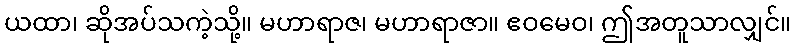
ယထာ၊ ဆိုအပ်သကဲ့သို့။ မဟာရာဇ၊ မဟာရာဇာ။ ဧဝမေဝ၊ ဤအတူသာလျှင်။